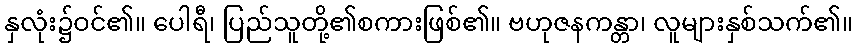
နှလုံး၌ဝင်၏။ ပေါရီ၊ ပြည်သူတို့၏စကားဖြစ်၏။ ဗဟုဇနကန္တာ၊ လူများနှစ်သက်၏။